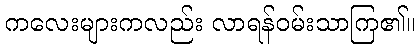
ကလေးများကလည်း လာရန်ဝမ်းသာကြ၏။